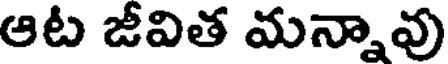
ఆట జీవిత మన్నావు